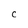
Character: C